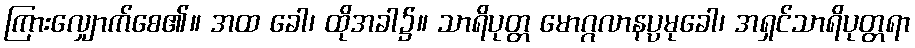
ကြားလျှောက်စေ၏။ အထ ခေါ၊ ထိုအခါ၌။ သာရိပုတ္တ မောဂ္ဂလာနပ္ပမုခေါ၊ အရှင်သာရိပုတ္တရာ